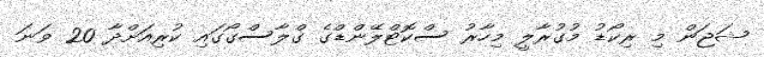
ޝަޖަން މި ރިކޯޑު މުގުރާލީ މިހާރު ސްކޮޓްލޭންޑްގެ ގްލާސްގޯގައި ކުރިއަށްދާ 20 ވަނަ